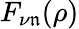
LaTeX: F_{\nu\mathfrak{n}}(\rho)